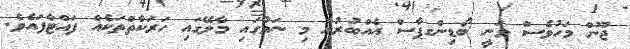
ޖޫން މަހުވެސް ވަނީ ބޯޑިންގޕާސް އެއްބުރުން މި ނަމުގައި މާލޭގައި ހަރަކާތްތަކެއް ފައްޓާފައެވެ.